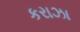
કરાઝા